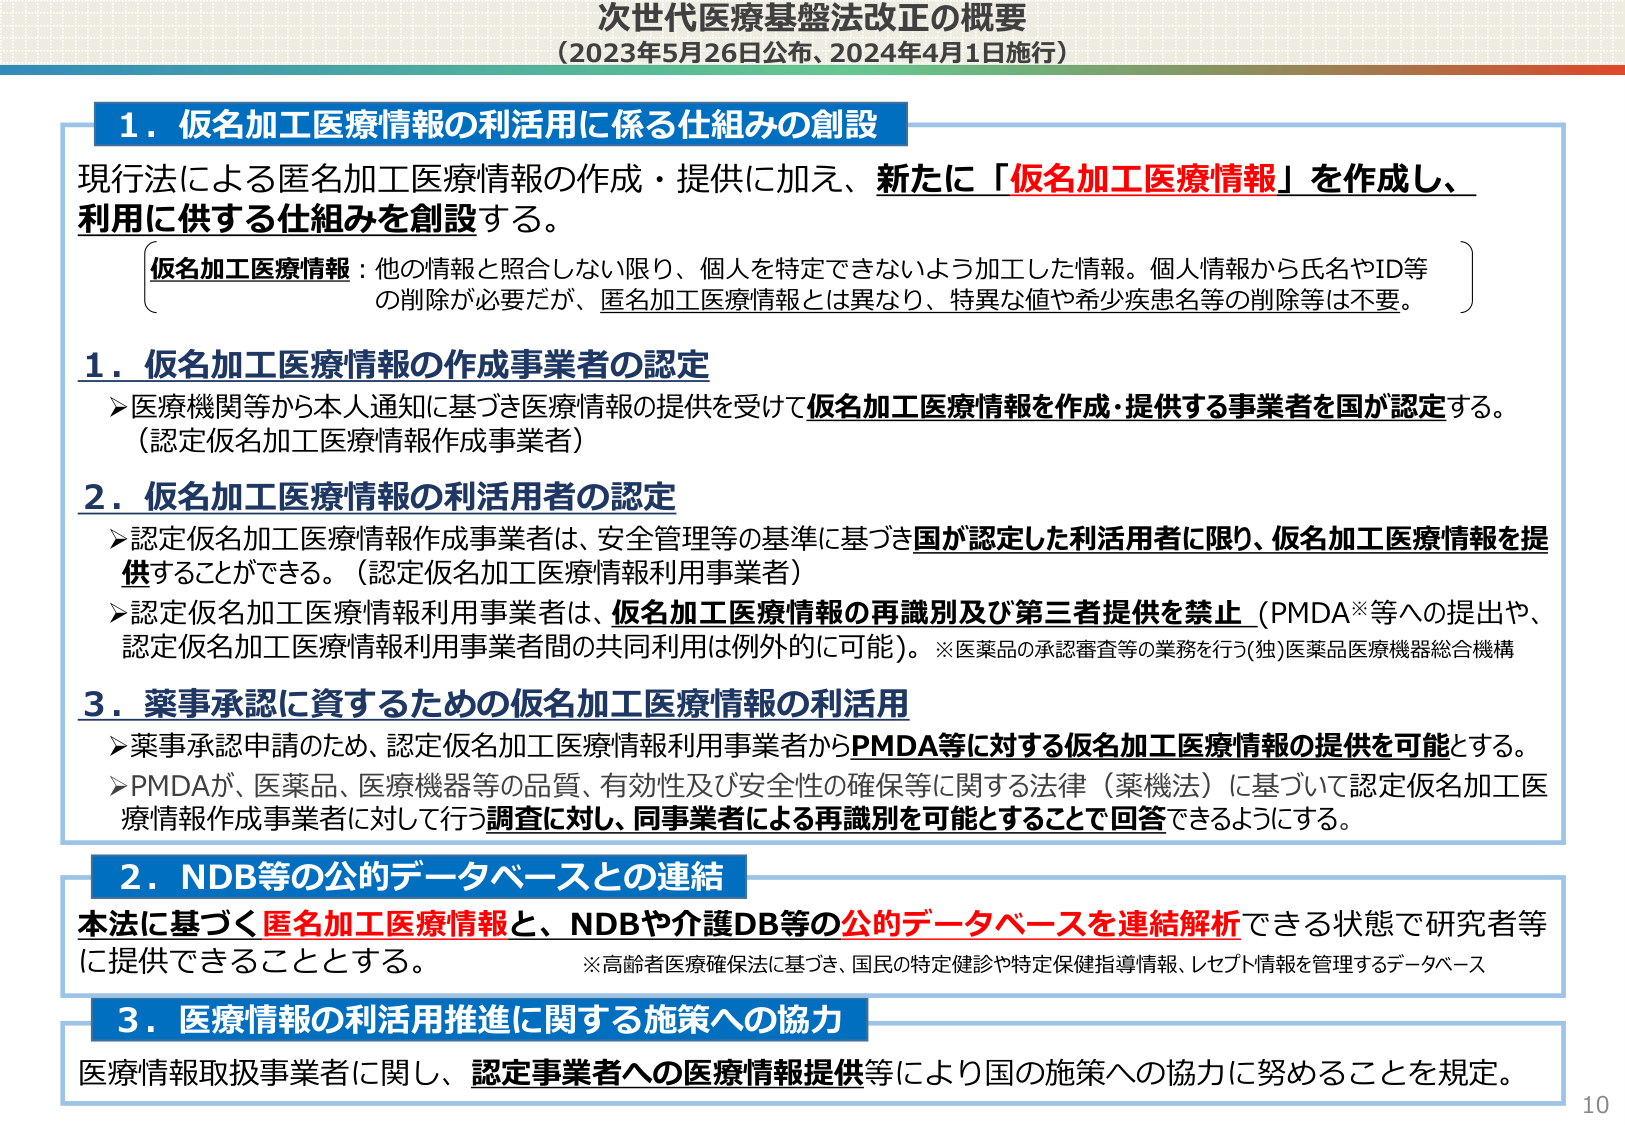
次世代医療基盤法改正の概要
（2023年5月26日公布、2024年4月1日施行）

1．仮名加工医療情報の利活用に係る仕組みの創設
現行法による匿名加工医療情報の作成・提供に加え、新たに「仮名加工医療情報」を作成し、
利用に供する仕組みを創設する。

（仮名加工医療情報：他の情報と照合しない限り、個人を特定できないよう加工した情報。個人情報から氏名やID等の削除が必要だが、匿名加工医療情報とは異なり、特異な値や希少疾患名等の削除等は不要。）

1．仮名加工医療情報の作成事業者の認定
▶医療機関等から本人通知に基づき医療情報の提供を受けて仮名加工医療情報を作成・提供する事業者を国が認定する。
（認定仮名加工医療情報作成事業者）

2．仮名加工医療情報の利活用者の認定
▶認定仮名加工医療情報作成事業者は、安全管理等の基準に基づき国が認定した利活用者に限り、仮名加工医療情報を提供することができる。（認定仮名加工医療情報利用事業者）
▶認定仮名加工医療情報利用事業者は、仮名加工医療情報の再識別及び第三者提供を禁止（PMDA※等への提出や、認定仮名加工医療情報利用事業者間の共同利用は例外的に可能）。※医薬品の承認審査等の業務を行う(独)医薬品医療機器総合機構

3．薬事承認に資するための仮名加工医療情報の利活用
▶薬事承認申請のため、認定仮名加工医療情報利用事業者からPMDA等に対する仮名加工医療情報の提供を可能とする。
▶PMDAが、医薬品、医療機器等の品質、有効性及び安全性の確保等に関する法律（薬機法）に基づいて認定仮名加工医療情報作成事業者に対して行う調査に対し、同事業者による再識別を可能とすることで回答できるようにする。

2．NDB等の公的データベースとの連結
本法に基づく匿名加工医療情報と、NDBや介護DB等の公的データベースを連結解析できる状態で研究者等に提供できることとする。
※高齢者医療確保法に基づき、国民の特定健診や特定保健指導情報、レセプト情報を管理するデータベース

3．医療情報の利活用推進に関する施策への協力
医療情報取扱事業者に関し、認定事業者への医療情報提供等により国の施策への協力に努めることを規定。

10